Civil Veterinary Department Bihar reports 1940-50 - 1940-1950
Year: 1940
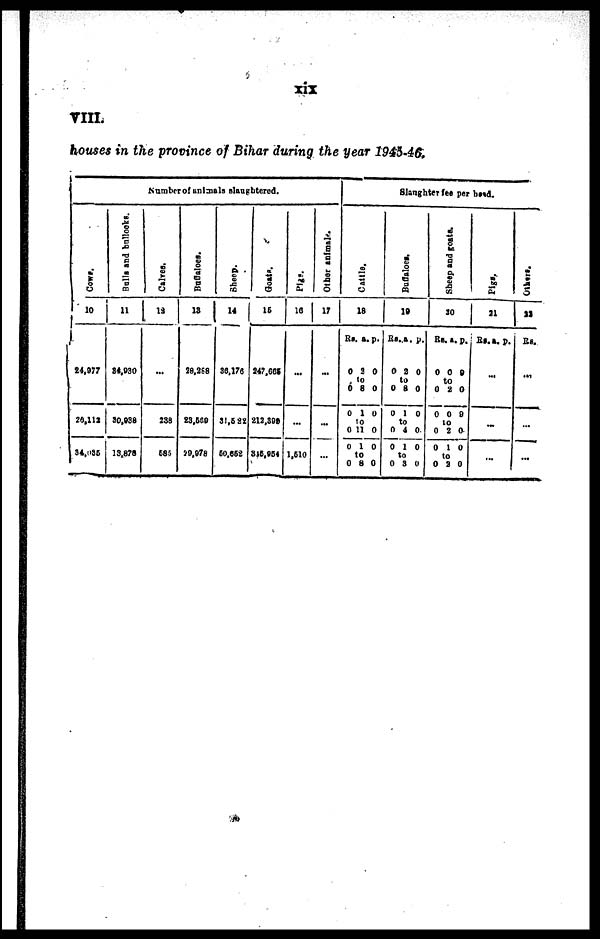
xix
VIII
houses in the province of Bihar during the year 1945-46.
Number of animals slaughtered.
Cows.
10
24,977
26,112
34,035
Bulls
and bullocks.
11
84,030
30,038
13,878
Calves.
12
...
288
685
Buffaloes.
13
28,288
23,500
29,978
Sheep.
14
36,176
31,522
50,652
Goats.
15
247,665
212,392
315,954
Pigs.
16
...
...
1,510
Other animals.
17
...
...
...
Slanghter fee per head.
Cattle.
18
Rs.
0
0
0
0
0
0
a.
2
to
8
1
to
11
1
to
8
p.
0
0
0
0
0
0
Buffaloes.
19
Rs
0
0
0
0
0
to
0
a.
2
to
8
1
to
4
1
3
p.
0
0
0
0
0
0
Sheep and goats.
20
Rs
0
0
0
0
0
0
a.
0
to
2
0
to
2
1
to
2
p.
9
0
9
0
0
0
pigs.
21
Rs. a. p.
...
...
...
Others.
22
Rs.
...
...
...